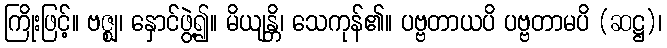
ကြိုးဖြင့်။ ဗဇ္ဈ၊ နှောင်ဖွဲ့၍။ မိယျန္တိ၊ သေကုန်၏။ ပဗ္ဗတာယပိ ပဗ္ဗတာမပိ (ဆဋ္ဌ)၊